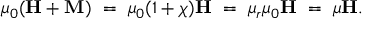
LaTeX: \mu _ { 0 } ( \mathbf { H } + \mathbf { M } ) \ = \ \mu _ { 0 } ( 1 + \chi ) \mathbf { H } \ = \ \mu _ { r } \mu _ { 0 } \mathbf { H } \ = \ \mu \mathbf { H } .